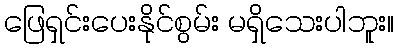
ဖြေရှင်းပေးနိုင်စွမ်း မရှိသေးပါဘူး။